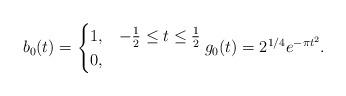
LaTeX: \begin{align*}b_0(t) =\begin{cases}1, & -\frac{1}{2} \leq t \leq \frac{1}{2}\\0, & \end{cases}g_0(t) = 2^{1/4} e^{- \pi t^2}.\end{align*}